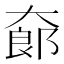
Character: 𱘸